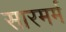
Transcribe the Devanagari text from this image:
सारमर्म